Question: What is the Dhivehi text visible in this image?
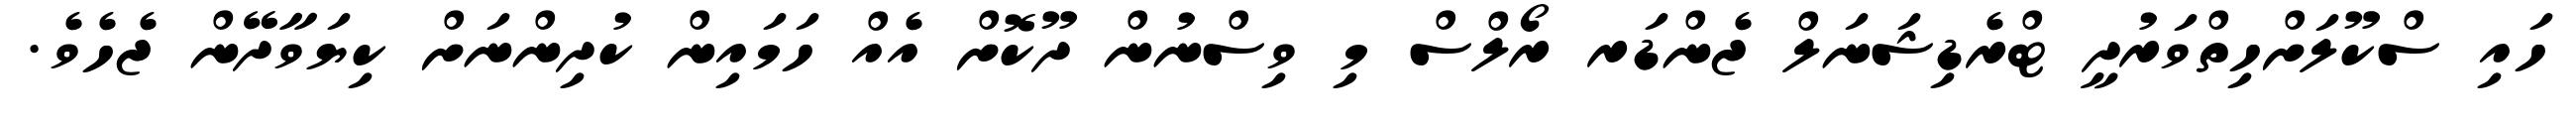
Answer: ހައި ސްކޫލަށްހިތްވަރުދީ ޓްރެޑިޝަނަލް ޖެންޑަރ ރޯލްސް މި ވިސްނުން ދޫކޮށް އެއް ހަމައިން ކުދިންނަށް ކިޔަވާދޭން ޖެހެވެ.